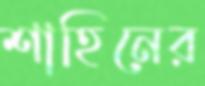
শাহিনের